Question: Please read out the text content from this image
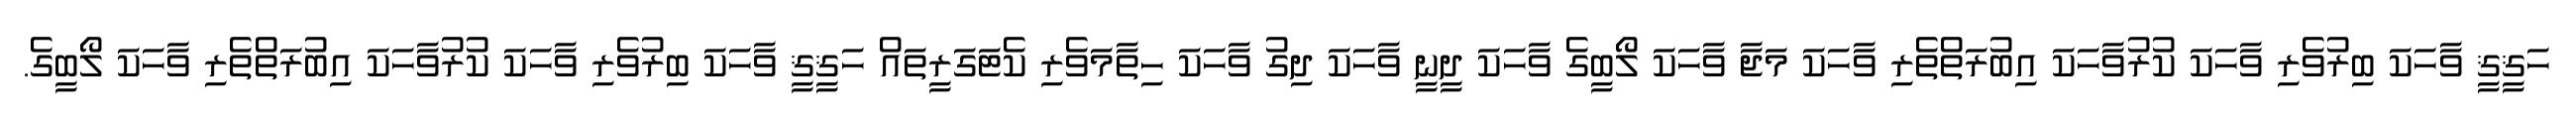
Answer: ހަޤީޤީ ވާހަކަ ބިރުވެރި ވާހަކަ ކުރުވާހަކަ އިބުރަތްތެރި ވާހަކަ މަޖާ ވާހަކަ ލޯބީގެ ވާހަކަ ދީނީ ވާހަކަ ދިގު ވާހަކަ ހިތާމަވެރި ކެޓަގަރީތައް ހަޤީޤީ ވާހަކަ ބިރުވެރި ވާހަކަ ކުރުވާހަކަ އިބުރަތްތެރި ވާހަކަ ލޯބީގެ.